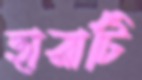
হারাটি